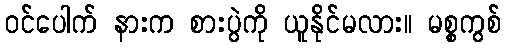
ဝင်ပေါက် နားက စားပွဲကို ယူနိုင်မလား။ မစ္စကွစ်